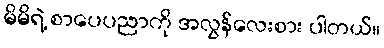
မိမိရဲ့ စာပေပညာကို အလွန်လေးစား ပါတယ်။